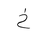
Letter: _kha